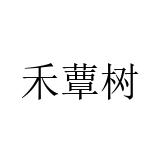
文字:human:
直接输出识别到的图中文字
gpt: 禾蕈树